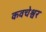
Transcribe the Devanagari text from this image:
कवचेश्वर